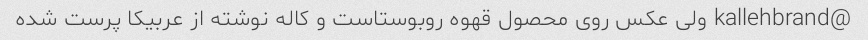
@kallehbrand ولی عکس روی محصول قهوه روبوستاست و کاله نوشته از عربیکا پرست شده